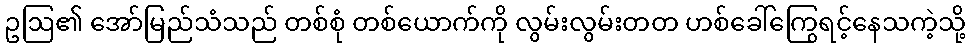
ဥဩ၏ အော်မြည်သံသည် တစ်စုံ တစ်ယောက်ကို လွမ်းလွမ်းတတ ဟစ်ခေါ်ကြွေရင့်နေသကဲ့သို့